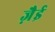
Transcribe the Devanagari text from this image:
ज़ैई